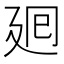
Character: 𢌞